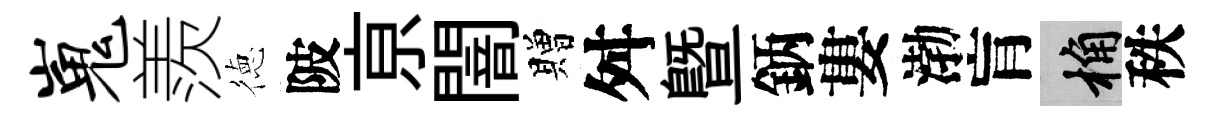
嵬羨徳陂亰闇贈舛暨鈵婁渤肓桷秩